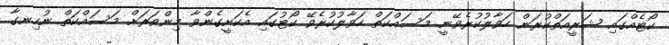
ކޯޓެއްގައި ޝަރީއަތްކުރަން ހަވާލުކުރެވޭނީ މަސައްކަތް ހަވާލުކުރެވޭ ކޯޓުގައި އެކަށީގެންވާ މިންވަރަށް މަސައްކަތް ނުހިނގާ